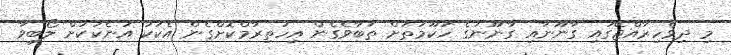
މި ދިވެހިރާއްޖޭގައި ގާނޫނާއި ގާނޫނުގެ ހުކޫމަތަށް ތަބާވެގެން އިހުތިރާމްކޮށްގެން އެކަކު އަނެކަކަށް ލޯބިވާ